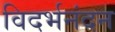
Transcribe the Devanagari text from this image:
विदर्भनंदन